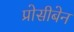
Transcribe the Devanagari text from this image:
प्रोसीबेन